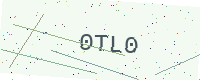
Text: 0TL0